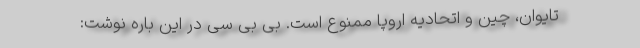
تایوان، چین و اتحادیه اروپا ممنوع است. بی بی سی در این باره نوشت: